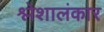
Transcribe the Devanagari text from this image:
श्लेशालंकार